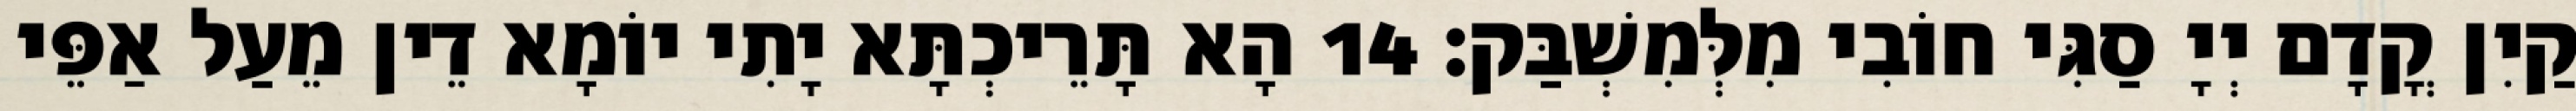
קַיִן קֳדָם יְיָ סַגִּי חוֹבִי מִלְּמִשְׁבַּק׃ 14 הָא תָּרֵיכְתָּא יָתִי יוֹמָא דֵין מֵעַל אַפֵּי